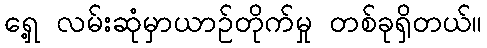
ရှေ့ လမ်းဆုံမှာယာဉ်တိုက်မှု တစ်ခုရှိတယ်။